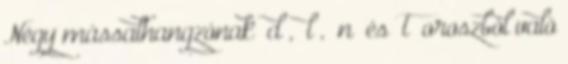
Négy mássalhangzónak „d”, „l”, „n” és „t” oroszból való